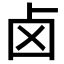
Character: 卤